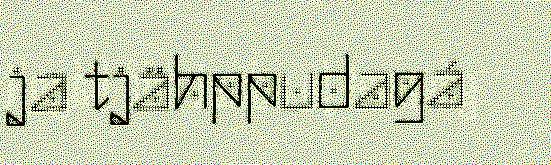
ja tjähppudagá